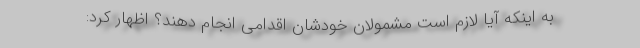
به اینکه آیا لازم است مشمولان خودشان اقدامی انجام دهند؟ اظهار کرد: